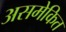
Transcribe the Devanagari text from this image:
असमेकित